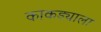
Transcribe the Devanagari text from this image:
काकड्याला